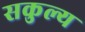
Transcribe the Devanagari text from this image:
सकुल्य